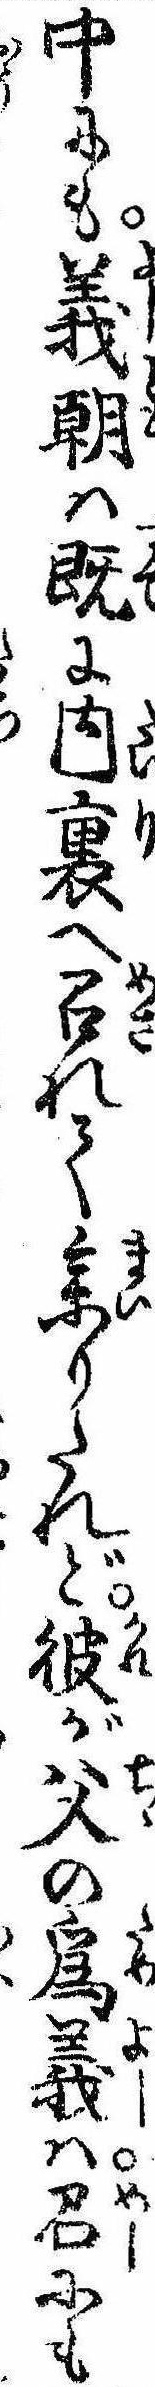
中にも義朝は既に内裏へ召れて参りたれど彼が父の為義は召にも